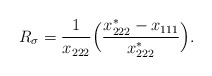
\begin{align*}R_{\sigma}=\dfrac{1}{x_{222}}\Big(\dfrac{x_{222}^*-x_{111}}{x_{222}^*}\Big).\end{align*}